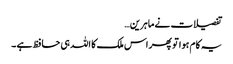
تفصیلات نے ماہرین…
یہ کام ہوا تو پھر اس ملک کا اللہ ہی حافظ ہے ۔